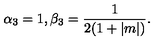
\alpha _ { 3 } = 1 , \beta _ { 3 } = { \frac { 1 } { 2 ( 1 + | m | ) } } .